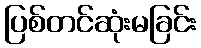
ပြစ်တင်ဆုံးမခြင်း